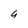
Character: 4